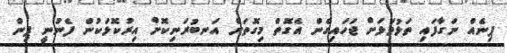
ޕިނެއް ނަގާފައި ތަޅުވަޅަށް ޖަހައިގެން އެގޮތް މިގޮތަށް އަނބުރަނިކޮށް އިރުކޮޅަކުން ފެނުނީ ޕިން